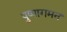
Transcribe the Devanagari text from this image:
पुष्पागमन